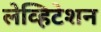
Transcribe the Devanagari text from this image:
लेव्हिटेशन